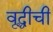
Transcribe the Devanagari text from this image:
वृद्धीची